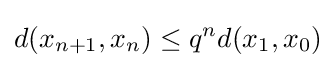
d(x_{n+1},x_{n})\leq q^{n}d(x_{1},x_{0})